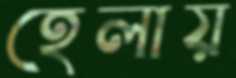
হেলায়